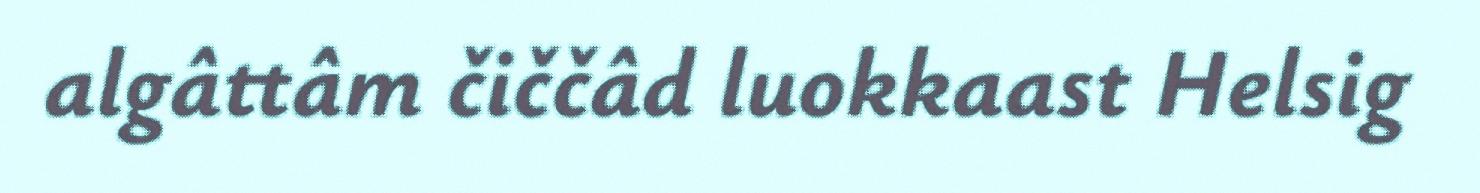
algâttâm čiččâd luokkaast Helsig